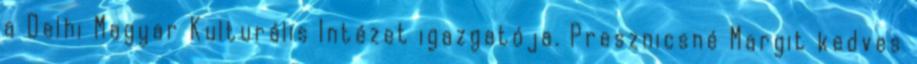
a Delhi Magyar Kulturális Intézet igazgatója. Presznicsné Margit kedves